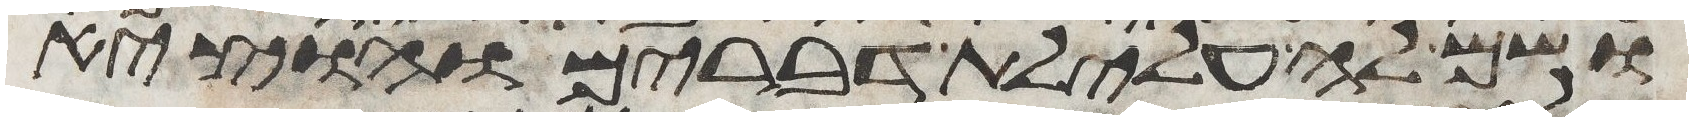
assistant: ושם לה עלילת דברים והוציא